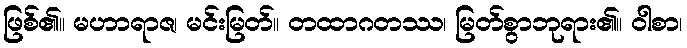
ဖြစ်၏။ မဟာရာဇ၊ မင်းမြတ်။ တထာဂတဿ၊ မြတ်စွာဘုရား၏။ ဝါစာ၊